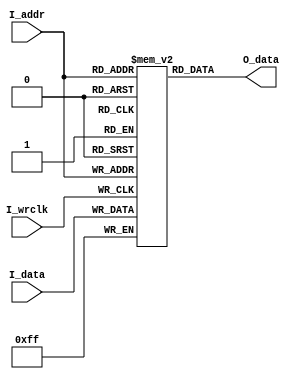
///---------------------------------------------
///
///---------------------------------------------
module mem
#(
parameter C_WORDSIZE = 8,
parameter C_ADDRSIZE = 10,
parameter C_MEMSIZE = (1 << C_ADDRSIZE)
)
(
input           [C_WORDSIZE-1:0]    I_data,
input           [C_ADDRSIZE-1:0]    I_addr,
output reg      [C_WORDSIZE-1:0]    O_data,
input                               I_wrclk
);

reg [C_WORDSIZE-1:0] mem [C_MEMSIZE-1:0];

always @(I_addr) begin
    O_data <= mem[I_addr];
end

always @(negedge I_wrclk) begin
    mem[I_addr] <= I_data;
end
endmodule